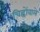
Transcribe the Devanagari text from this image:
चिह्नोंवाले